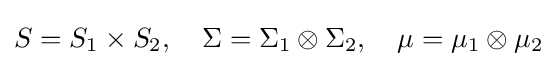
S=S_{1}\times S_{2},\quad \Sigma =\Sigma _{1}\otimes \Sigma _{2},\quad \mu =\mu _{1}\otimes \mu _{2}